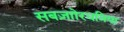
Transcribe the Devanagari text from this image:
सबज़ाोरधनिया